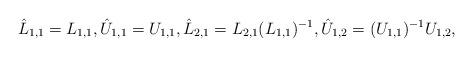
LaTeX: \begin{align*}\hat{L}_{1,1} = L_{1,1}, \hat{U}_{1,1}=U_{1,1},\hat{L}_{2,1} = L_{2,1}(L_{1,1})^{-1}, \hat{U}_{1,2} = (U_{1,1})^{-1}U_{1,2},\end{align*}